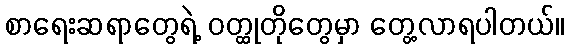
စာရေးဆရာတွေရဲ့ ဝတ္ထုတိုတွေမှာ တွေ့လာရပါတယ်။